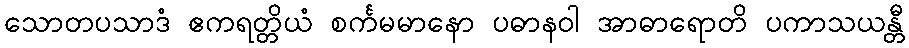
သောတပသာဒံ ဧကရတ္တိယံ စင်္ကမမာနော ပဓာနဝါ အာဓာရောတိ ပကာသယန္တီ